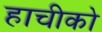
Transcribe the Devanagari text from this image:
हाचीको